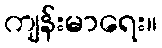
ကျန်းမာရေး။